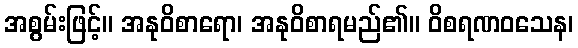
အစွမ်းဖြင့်။ အနုဝိစာရော၊ အနုဝိစာရမည်၏။ ဝိစရဏဝသေန၊